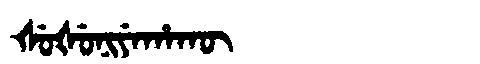
Manchu: ᡧᡠᡧᡠᠨᡳᠶᡝᡥᠠᡴᡡ
Romanization: ŠUŠUNIYEHAKŪ